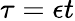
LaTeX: \tau=\epsilon t